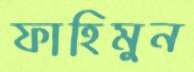
ফাহিমুন